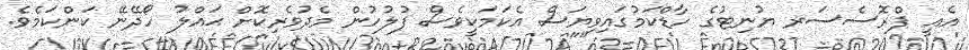
އެއީ ޕްރޮސެސަރ ޔުނިޓުގެ ހާޑްކަމުގައިވިޔަސް އެކަމަކީވެސް ފުލުހުން މެދުވެރިކޮށް ޙައްލު ހޯދޭނޭ ކަންކަމެވެ.